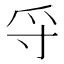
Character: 寽